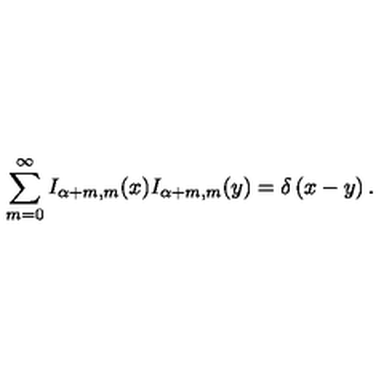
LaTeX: \sum _ { m = 0 } ^ { \infty } I _ { \alpha + m , m } ( x ) I _ { \alpha + m , m } ( y ) = \delta \left( x - y \right) .